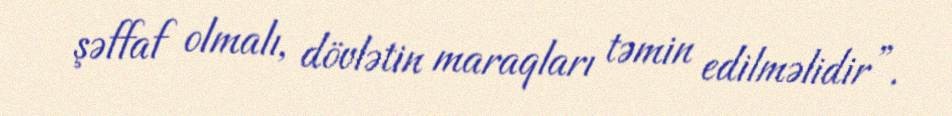
şəffaf olmalı, dövlətin maraqları təmin edilməlidir”.